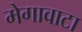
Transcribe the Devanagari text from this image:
मेगावाटा